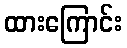
ထားကြောင်း